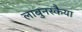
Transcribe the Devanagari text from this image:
लाबुनस्कैया